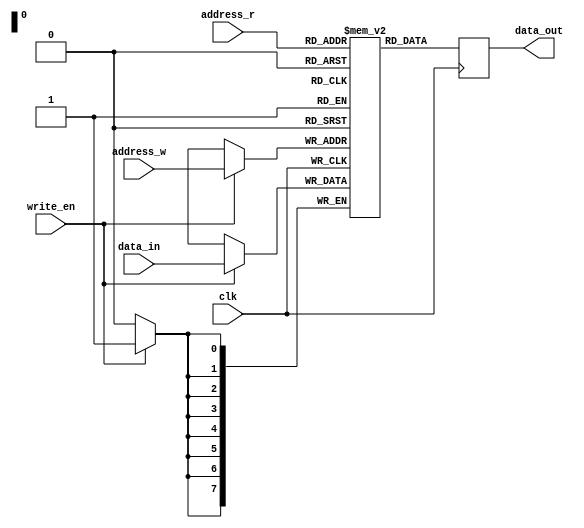
module dual_port_ram (
    input wire clk,
    input wire [7:0] address_r,
    input wire [7:0] address_w,
    input wire write_en,
    input wire [7:0] data_in,
    output reg [7:0] data_out
);

reg [7:0] memory [0:255];

always @(posedge clk) begin
    if(write_en) begin
        memory[address_w] <= data_in;
    end
    data_out <= memory[address_r];
end

endmodule